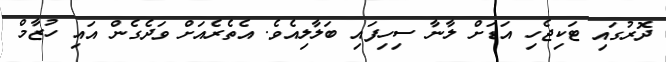
ދޮރުގައި ޓަކިޖެހި އަޑަށް ލާނާ ސިހިފައި ބަލާލިއެވެ. އެތެރެއަށް ވަދެގެން އައި ހުޒާމް